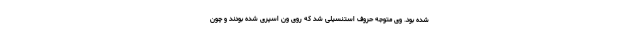
شده بود. وی متوجه حروف استنسیلی شد که روی ون اسپری شده بودند و چون